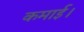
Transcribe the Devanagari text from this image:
कमाई।